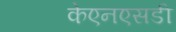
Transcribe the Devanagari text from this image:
केएनएसडी